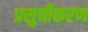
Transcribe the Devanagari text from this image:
प्रसुचीकरण